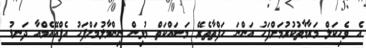
އެ ވެހިކަލް މަރާމާތުކުރުމަށްފަހު އަންނަ ހަފްތާތެރޭ މަސައްކަތް މުޅިން ނިންމާލުމަށްފަހު އެފްއޭއެމްއާ ދަނޑު